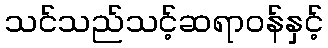
သင်သည်သင့်ဆရာဝန်နှင့်